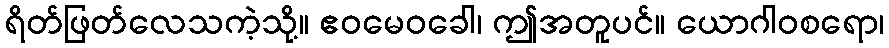
ရိတ်ဖြတ်လေသကဲ့သို့။ ဧဝမေဝခေါ၊ ဤအတူပင်။ ယောဂါဝစရော၊